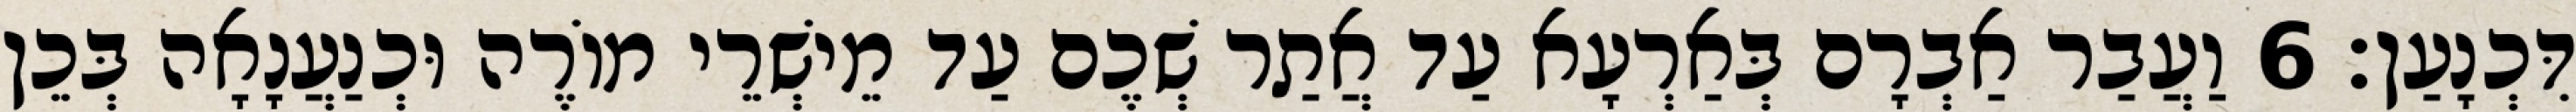
דִּכְנָעַן׃ 6 וַעֲבַר אַבְרָם בְּאַרְעָא עַד אֲתַר שְׁכֶם עַד מֵישְׁרֵי מוֹרֶה וּכְנַעֲנָאָה בְּכֵן